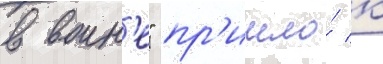
в воин'е" пр'ишло́ к